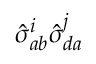
\hat { \sigma } _ { a b } ^ { i } \hat { \sigma } _ { d a } ^ { j }